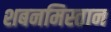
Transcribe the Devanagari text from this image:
शबनमिस्तान